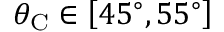
\theta _ { \mathrm { C } } \in \left[ 4 5 ^ { \circ } , 5 5 ^ { \circ } \right]